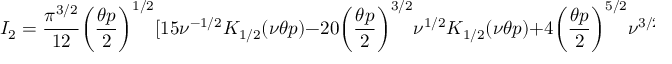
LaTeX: I _ { 2 } = \frac { \pi ^ { 3 / 2 } } { 1 2 } \biggl ( \frac { \theta p } { 2 } \biggr ) ^ { 1 / 2 } [ 1 5 \nu ^ { - 1 / 2 } K _ { 1 / 2 } ( \nu \theta p ) - 2 0 \biggl ( \frac { \theta p } { 2 } \biggr ) ^ { 3 / 2 } \nu ^ { 1 / 2 } K _ { 1 / 2 } ( \nu \theta p ) + 4 \biggl ( \frac { \theta p } { 2 } \biggr ) ^ { 5 / 2 } \nu ^ { 3 / 2 } K _ { 3 / 2 } ( \nu \theta p ) ] ,